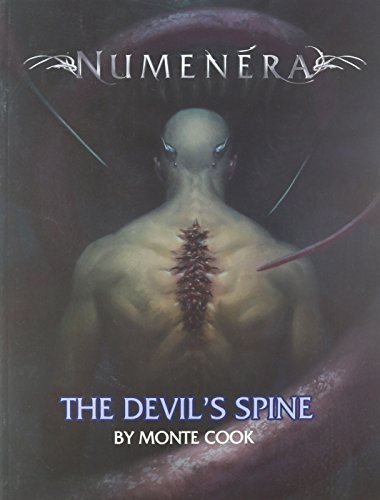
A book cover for Numenera The Devils Spine; Science Fiction & Fantasy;